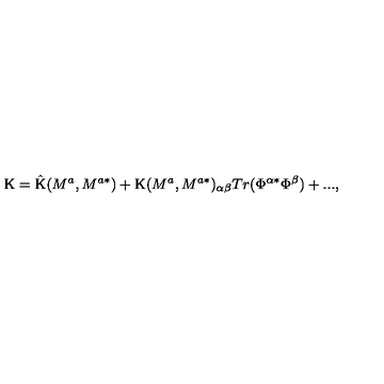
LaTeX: \mathrm { K } = \mathrm { \^ { K } } ( M ^ { a } , M ^ { a * } ) + \mathrm { { K } } ( M ^ { a } , M ^ { a * } ) _ { \alpha \beta } T r ( \Phi ^ { \alpha * } \Phi ^ { \beta } ) + . . . ,